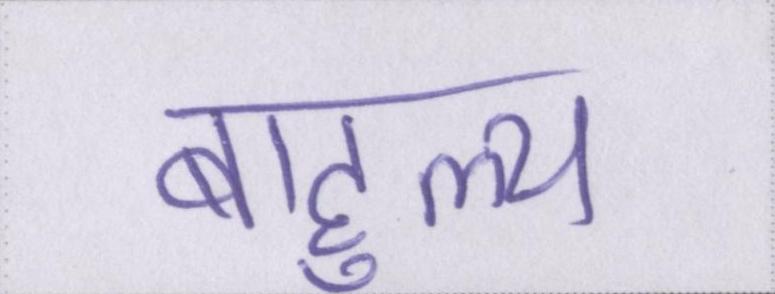
बाहुल्य